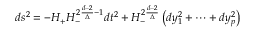
d s ^ { 2 } = - H _ { + } H _ { - } ^ { 2 { \frac { d - 2 } { \Delta } } - 1 } d t ^ { 2 } + H _ { - } ^ { 2 { \frac { d - 2 } { \Delta } } } \left( d y _ { 1 } ^ { 2 } + \dots + d y _ { p } ^ { 2 } \right) \qquad \qquad \qquad \qquad